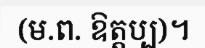
(ម.ព. ឱត្តប្ប)។